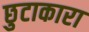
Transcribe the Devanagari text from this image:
छुटाकारा